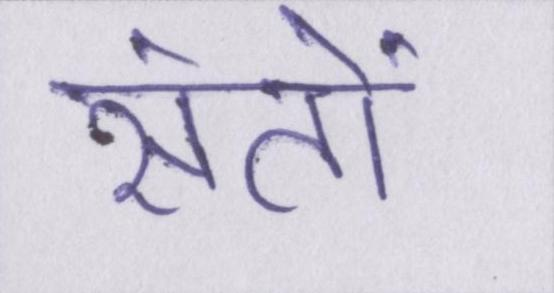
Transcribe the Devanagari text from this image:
संतों